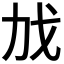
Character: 𫻧